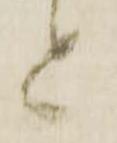
と